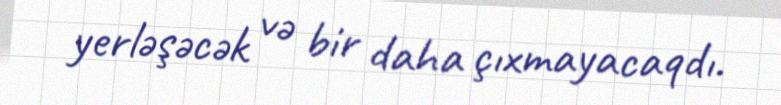
yerləşəcək və bir daha çıxmayacaqdı.